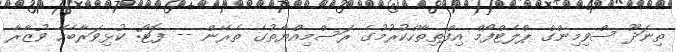
ތިނަދޫ ސްވިމިންގް ޕްލެޓްފޯމް އިފްތިތާހްކުރުމުގެ ރަސްމިއްޔާތުގެ ތެރޭން -- ފޮޓޯ: ކުޅިވަރާބެހޭ ވުޒާރާ